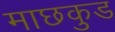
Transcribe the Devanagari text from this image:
माछकुड